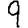
Digit: 9